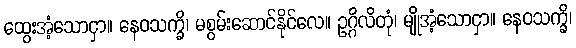
ထွေးအံ့သောငှာ။ နေဝသက္ခိ၊ မစွမ်းဆောင်နိုင်လေ။ ဥဂ္ဂိလိတုံ၊ မျိုအံ့သောငှာ။ နေဝသက္ခိ၊